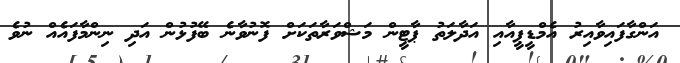
އަންގާފައިވާއިރު އެމްޑީޕީއާއި އަދާލަތު ޕާޓީން މަޝްވަރާތަކަށް ފޮނުވާނެ ބޭފުޅުން އަދި ނިންމާފައެއް ނުވެ